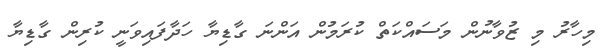
މިހާރު މި ޒުވާނުން މަސައްކަތް ކުރަމުން އަންނަ ގާޑިޔާ ހަދާފައިވަނީ ކުރިން ގާޑިޔާ